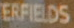
ERFIELDS